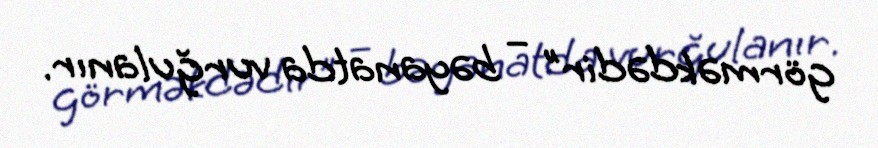
görməkdədir” – bəyanatda vurğulanır.